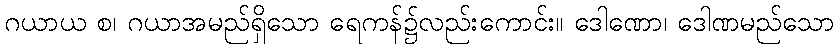
ဂယာယ စ၊ ဂယာအမည်ရှိသော ရေကန်၌လည်းကောင်း။ ဒေါဏော၊ ဒေါဏမည်သော